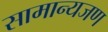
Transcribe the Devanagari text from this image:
सामान्यजण